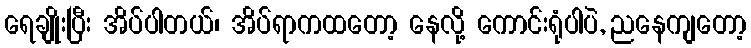
ရေချိုးပြီး အိပ်ပါတယ်၊ အိပ်ရာကထတော့ နေလို့ ကောင်းရုံပါပဲ, ညနေကျတော့